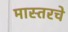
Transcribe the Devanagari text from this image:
मास्तरचे